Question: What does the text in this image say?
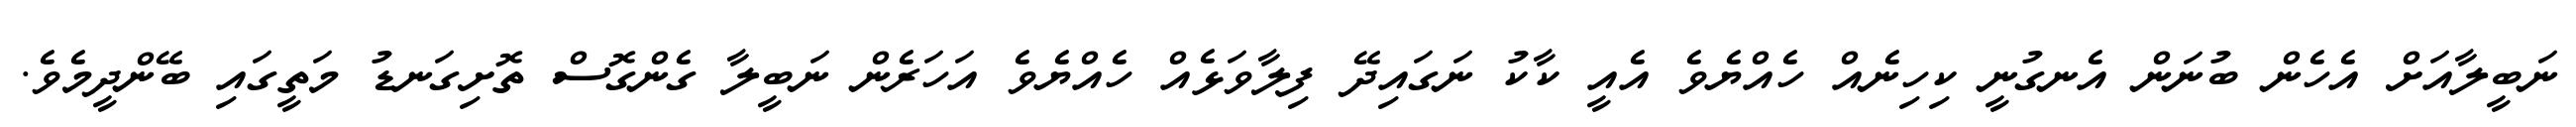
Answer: ނަބީލާއަށް އެހެން ބުނަން އެނގުނީ ކިހިނެއް ހެއްޔެވެ އެއީ ކާކު ނަގައިދޭ ފިލާވަޅެއް ހެއްޔެވެ އަހަރެން ނަބީލާ ގެންގޮސް ތޮށިގަނޑު މަތީގައި ބޭންދީމެވެ.